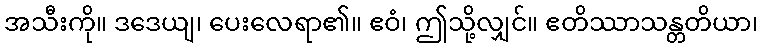
အသီးကို။ ဒဒေယျ၊ ပေးလေရာ၏။ ဧဝံ၊ ဤသို့လျှင်။ ဧတိဿာသန္တတိယာ၊